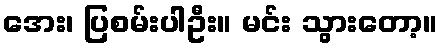
အေး၊ ပြစမ်းပါဦး။ မင်း သွားတော့။